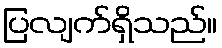
ပြလျက်ရှိသည်။